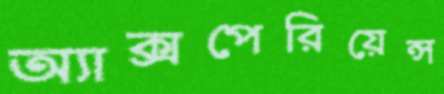
অ্যাক্সপেরিয়েন্স